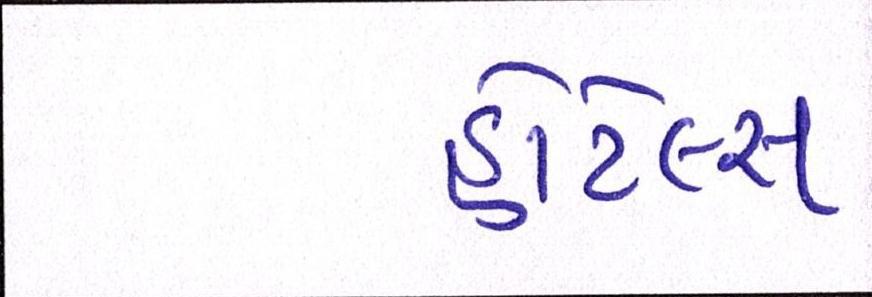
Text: હોટેલ્સ